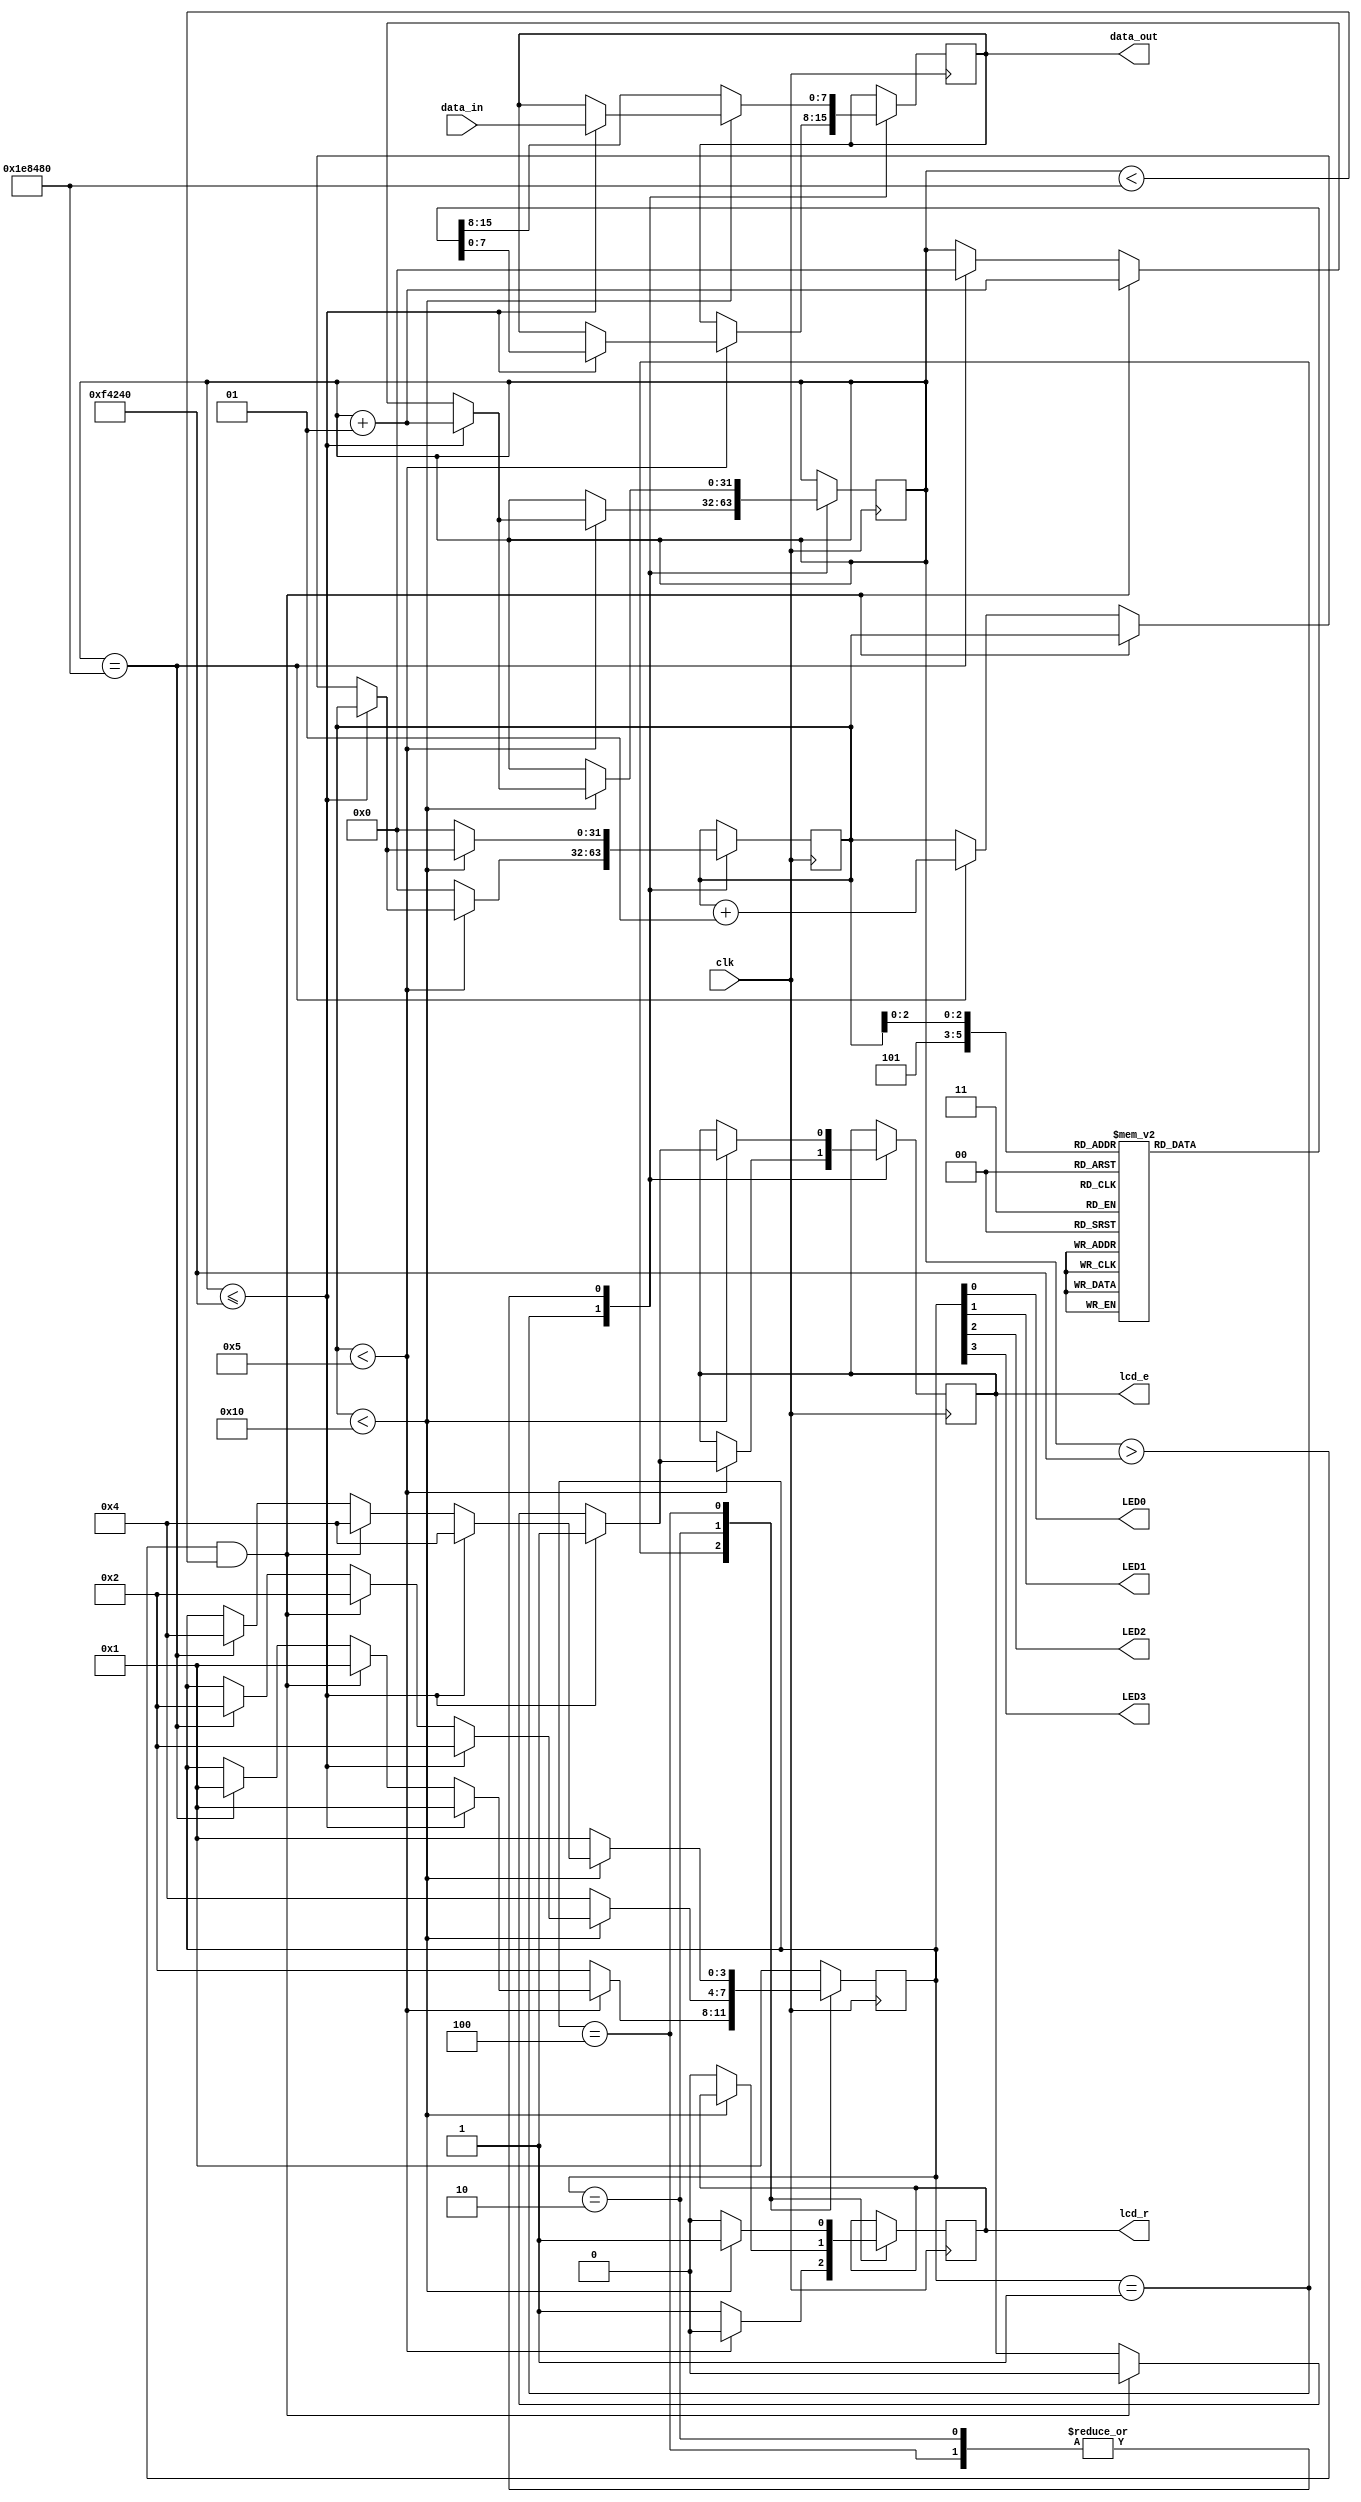
module LCD_2 (
	input clk,
	input [7:0] data_in,
	output reg [7:0] data_out,
	output reg lcd_e,
	output reg lcd_r,
	output LED0,
	output LED1,
	output LED2,
	output LED3
); 
assign LED0 = state[0];
assign LED1 = state[1];
assign LED2 = state[2];
assign LED3 = state[3];
localparam INIT   = 4'b0001;
localparam FIRST  = 4'b0010;
localparam SECOND = 4'b0100;
reg [3:0] state = INIT; 
integer j = 0 ; 
integer i = 0 ; 
reg [7:0] conf [0:5];
	initial
		begin 
			conf[0] <= 8'h38; 
			conf[1] <= 8'h0C; 
			conf[2] <= 8'h06; 
			conf[3] <= 8'h01; 
			conf[4] <= 8'h80; 
			conf[5] <= 8'hC0; 
		end 
always @ (posedge clk)
	begin 
		state		<= state;
		data_out	<= data_out;
		case (state)
			INIT: 
				begin
					lcd_r <= 0;
					if (j < 5)
						begin 
						if (i <= 1000000)
							begin 
								lcd_e = 1; 
								data_out <= conf[j];
								i <= i + 1; 
								state <= INIT;
							end 
						else if (i > 1000000 && i < 2000000)
							begin 
								lcd_e = 0;
								i <= i + 1;
								state <= INIT;
							end 
						else if (i == 2000000)
							begin 
								j <= j + 1;
								i <= 0; 
								state <= INIT;
							end 
						end 
					else 
						begin
							j <= 0;
							lcd_r <= 1; 
							state <= FIRST;
						end 
				end 
			FIRST:
				begin 
					if (j < 16)
						begin
							if (i <= 1000000)
								begin
									lcd_e <= 1;
									data_out <= data_in;
									i <= i + 1;
									state <= FIRST; 
								end 
							else if (i > 1000000 && i < 2000000)
								begin 
									lcd_e = 0;
									i <= i + 1;
									state <= FIRST;
								end 
							else if (i == 2000000)
								begin 
									j <= j + 1;
									i <= 0; 
									state <= FIRST;
								end 
						end 
					else
						begin 
							j <= 0;
							lcd_r <= 0;
							data_out <= conf[5];
							state <= SECOND;
						end 
				end 
			SECOND:
				begin 
					lcd_r <= 1;
					if (j < 16)
						begin
							if (i <= 1000000)
								begin
									lcd_e <= 1;
									data_out <= data_in;
									i <= i + 1;
									state <= SECOND; 
								end 
							else if (i > 1000000 && i < 2000000)
								begin 
									lcd_e = 0;
									i <= i + 1;
									state <= SECOND;
								end 
							else if (i == 2000000)
								begin 
									j <= j + 1;
									i <= 0; 
									state <= SECOND;
								end 
						end 
					else
						begin 
							j <= 0;
							lcd_r <= 0;
							data_out <= conf[5];
							state <= INIT;
						end 
				end 
				default: state <= INIT;
		endcase 
	end 
	endmodule